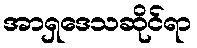
အာရှဒေသဆိုင်ရာ